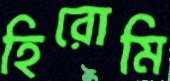
হিরোমি